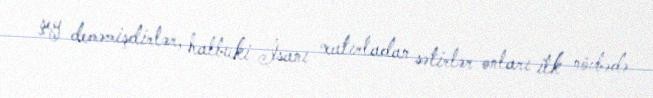
şey deməmişdirlər, halbuki İsanı xatırladan sətirlər onları ilk növbədə